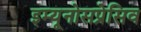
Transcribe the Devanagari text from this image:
इम्यूनोसप्रेसिव